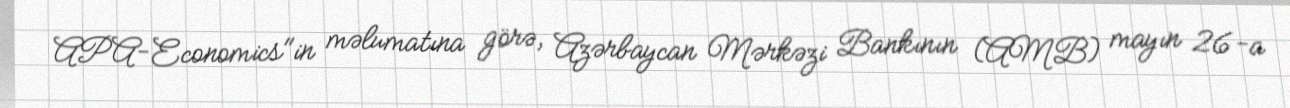
APA-Economics"in məlumatına görə, Azərbaycan Mərkəzi Bankının (AMB) mayın 26-a